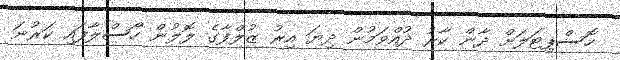
ހޮސްޕިޓަލަށް ދާން ކާރު ދުއްވަމުން ދިޔަ އިރު ޒުލްފާގެ ލޮލުން ހޯސްލާފައި ކަރުނަ